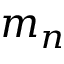
m _ { n }